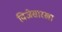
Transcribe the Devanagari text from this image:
विजेसारखा